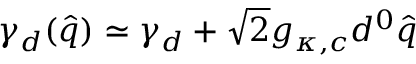
\gamma _ { d } ( \hat { q } ) \simeq \gamma _ { d } + \sqrt { 2 } g _ { \kappa , c } d ^ { 0 } \hat { q }